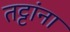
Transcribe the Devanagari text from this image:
तट्टांना